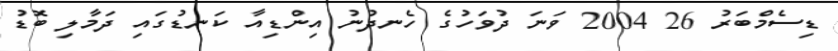
ޑިސެމްބަރު 26 2004 ވަނަ ދުވަހުގެ ހެނދުނު އިންޑިއާ ކަނޑުގައި ދަމާލި ބޮޑު